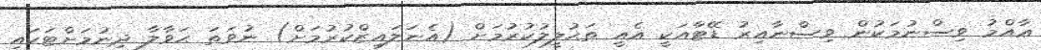
ޢާއްމު ވިސްނުމަކުން ވިސްނާއިރު ޑޭޓާއަކީ އެއީ ތަޙުލީލުކުރުމަށް (އެނަލައިޒްކުރުމަށް) ނުވަތަ ޙަވާލާ ދިނުމަށްޓަކައި